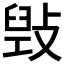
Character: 𢾌